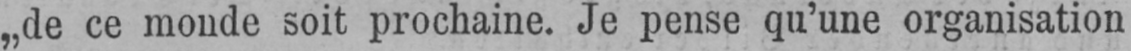
„de ce monde soit prochaine. Je pense qu’une organisation